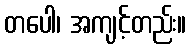
တပေါ၊ အကျင့်တည်း။